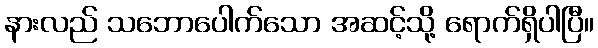
နားလည် သဘောပေါက်သော အဆင့်သို့ ရောက်ရှိပါပြီ။